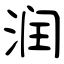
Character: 润